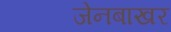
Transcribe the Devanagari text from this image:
जेनबाखर